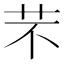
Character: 芣